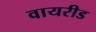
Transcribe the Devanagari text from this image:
वायरीड